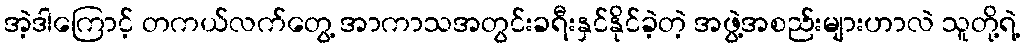
အဲ့ဒါကြောင့် တကယ်လက်တွေ့ အာကာသအတွင်းခရီးနှင်နိုင်ခဲ့တဲ့ အဖွဲ့အစည်းများဟာလဲ သူတို့ရဲ့